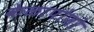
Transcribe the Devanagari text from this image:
केळापोणो